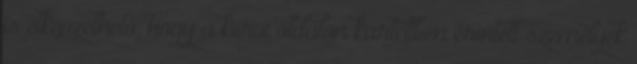
is elképzelhető, hogy a kiírói oldalon kartellben érintett személyek